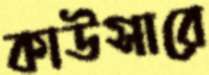
কাউসারে